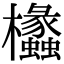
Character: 欚